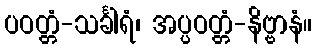
ပဝတ္တံ-သင်္ခါရံ၊ အပ္ပဝတ္တံ-နိဗ္ဗာနံ။